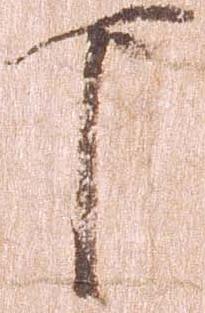
下